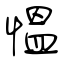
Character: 慍